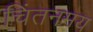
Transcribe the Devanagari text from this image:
चिंतनमय